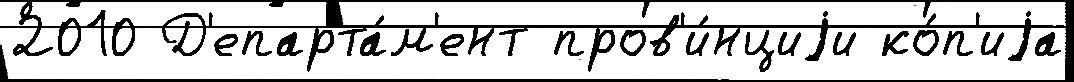
2010 Д'епарта́м'ент пров'и́нциjи ко́п'иjа